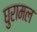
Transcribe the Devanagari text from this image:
घुरामल